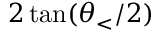
2 \tan ( \theta _ { < } / 2 )